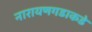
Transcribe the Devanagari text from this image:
नारायणगडाकडे